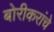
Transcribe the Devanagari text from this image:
बोरीकरांचे